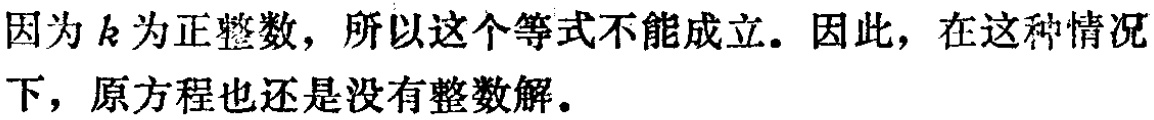
因为 \(k\) 为正整数，所以这个等式不能成立。因此，在这种情况下，原方程也还是没有整数解。